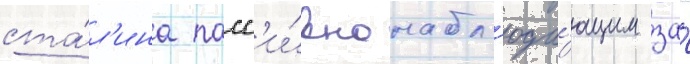
ста́л'ина пасс'и́вно набл'юда́ющим за́